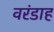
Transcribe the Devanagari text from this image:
वरंडाह